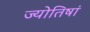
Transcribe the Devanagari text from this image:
ज्योतिषां